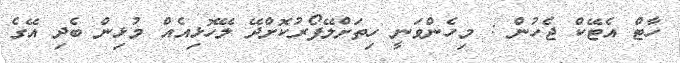
ހާޓް އެޓޭކް ޖެހުން : މިހެންވަނީ ހިތަށްލޭފޯރުކޮށްދޭ ލޭހޮޅިއެއް މުޅިން ބެދި އޭގެ